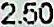
2.50